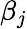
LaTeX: \beta_{j}